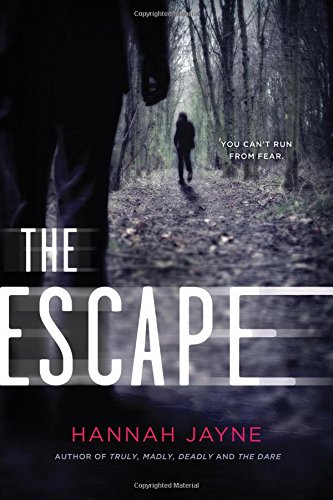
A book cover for The Escape; Hannah Jayne; Teen & Young Adult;